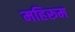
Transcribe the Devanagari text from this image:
महिरूम